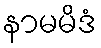
နာမမိဒံ